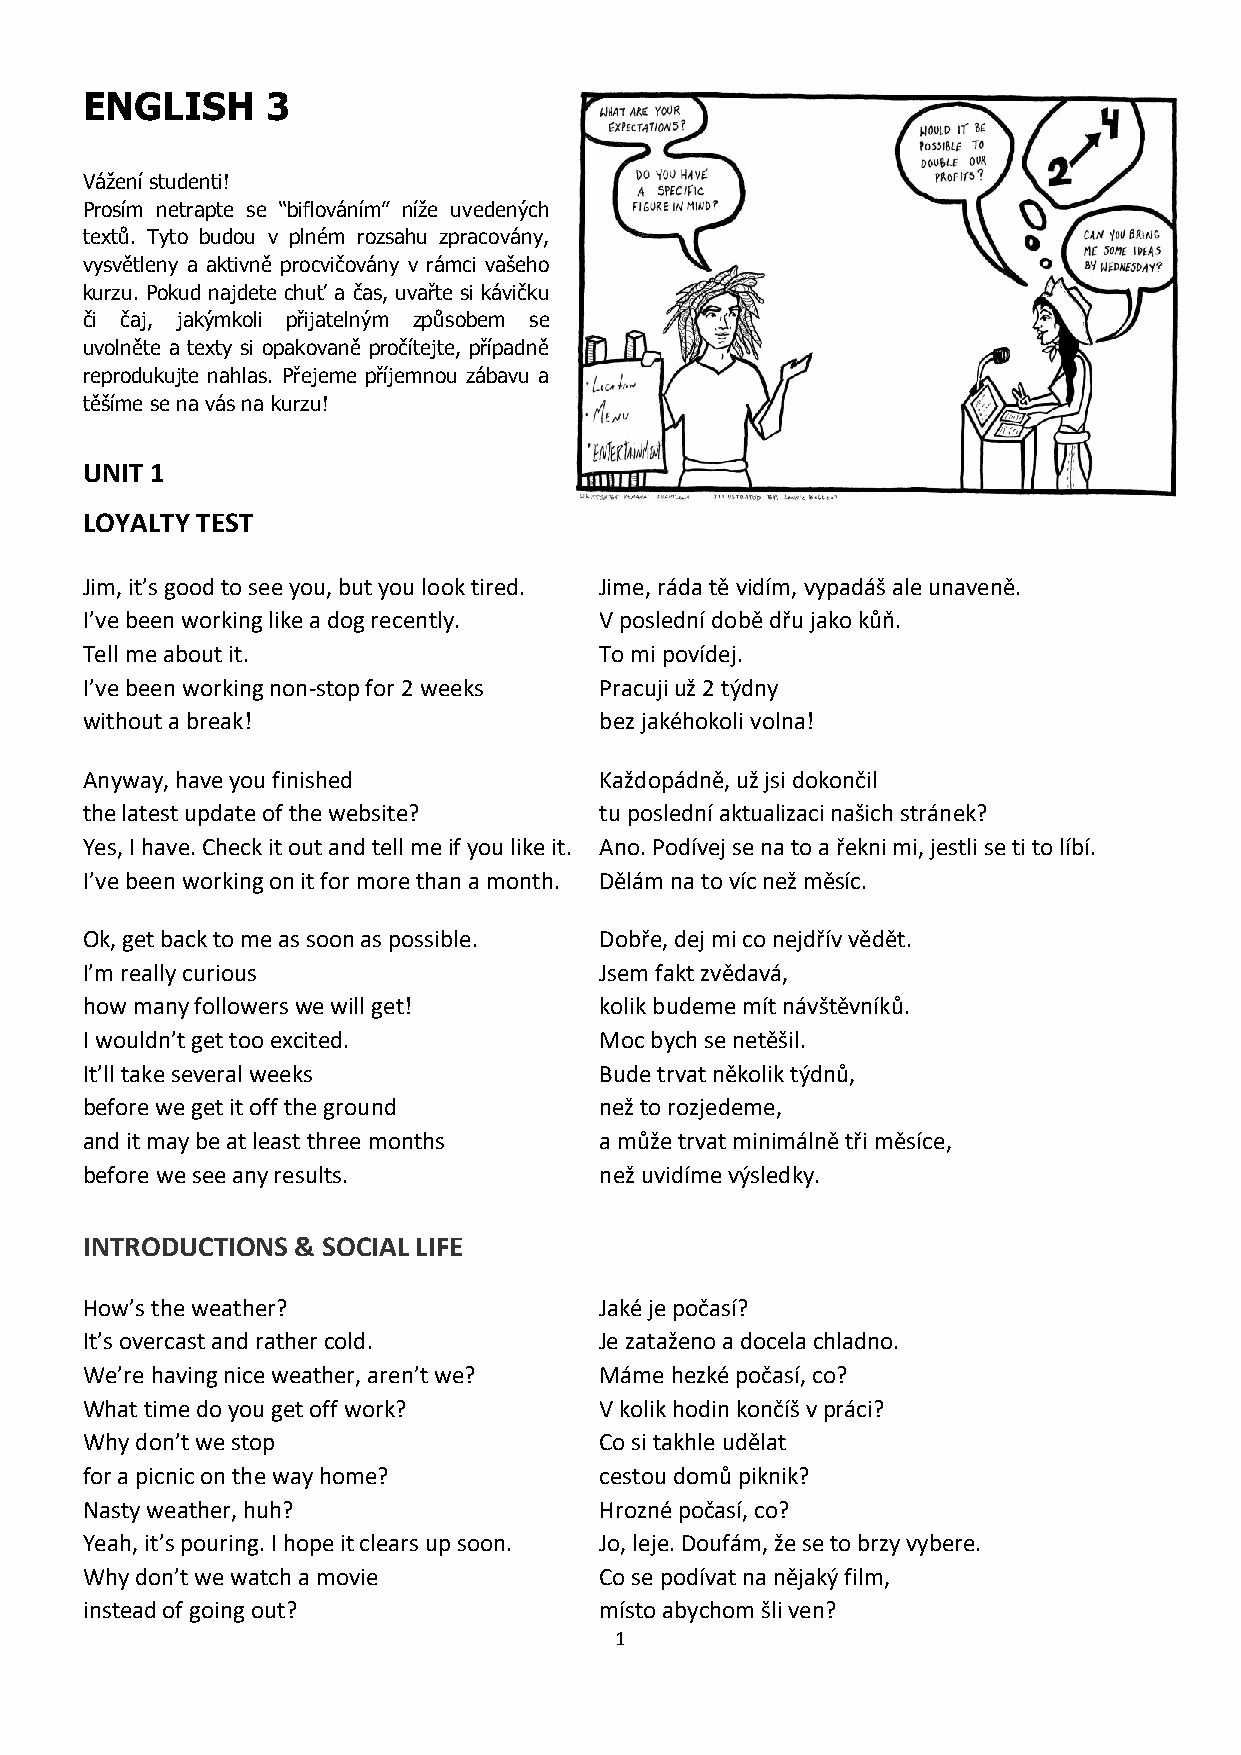
ENGLISH      3
 Vážení studenti!
 Prosím netrapte se “biflováním” níže uvedených
 textů. Tyto budou v plném rozsahu zpracovány,
 vysvětleny a aktivně procvičovány v rámci vašeho
 kurzu. Pokud najdete chuť a čas, uvařte si kávičku
 či čaj, jakýmkoli přijatelným způsobem se
 uvolněte a texty si opakovaně pročítejte, případně
 reprodukujte nahlas. Přejeme příjemnou zábavu a
 těšíme se na vás na kurzu!
 UNIT 1
 LOYALTY TEST
 Jim, it’s good to see you, but you look tired. Jime, ráda tě vidím, vypadáš ale unaveně.
 I’ve been working like a dog recently. V poslední době dřu jako kůň.
 Tell me about it.                  To mi povídej.
 I’ve been working non-stop for 2 weeks Pracuji už 2 týdny
 without a break!                   bez jakéhokoli volna!
 Anyway, have you finished          Každopádně, už jsi dokončil
 the latest update of the website?  tu poslední aktualizaci našich stránek?
 Yes, I have. Check it out and tell me if you like it. Ano. Podívej se na to a řekni mi, jestli se ti to líbí.
 I’ve been working on it for more than a month. Dělám na to víc než měsíc.
 Ok, get back to me as soon as possible. Dobře, dej mi co nejdřív vědět.
 I’m really curious                 Jsem fakt zvědavá,
 how many followers we will get!    kolik budeme mít návštěvníků.
 I wouldn’t get too excited.        Moc bych se netěšil.
 It’ll take several weeks           Bude trvat několik týdnů,
 before we get it off the ground    než to rozjedeme,
 and it may be at least three months a může trvat minimálně tři měsíce,
 before we see any results.         než uvidíme výsledky.
 INTRODUCTIONS  & SOCIAL LIFE
 How’s the weather?                 Jaké je počasí?
 It’s overcast and rather cold.     Je zataženo a docela chladno.
 We’re having nice weather, aren’t we? Máme hezké počasí, co?
 What time do you get off work?     V kolik hodin končíš v práci?
 Why don’t we stop                  Co si takhle udělat
 for a picnic on the way home?      cestou domů piknik?
 Nasty weather, huh?                Hrozné počasí, co?
 Yeah, it’s pouring. I hope it clears up soon. Jo, leje. Doufám, že se to brzy vybere.
 Why don’t we watch a movie         Co se podívat na nějaký film,
 instead of going out?              místo abychom šli ven?
 1